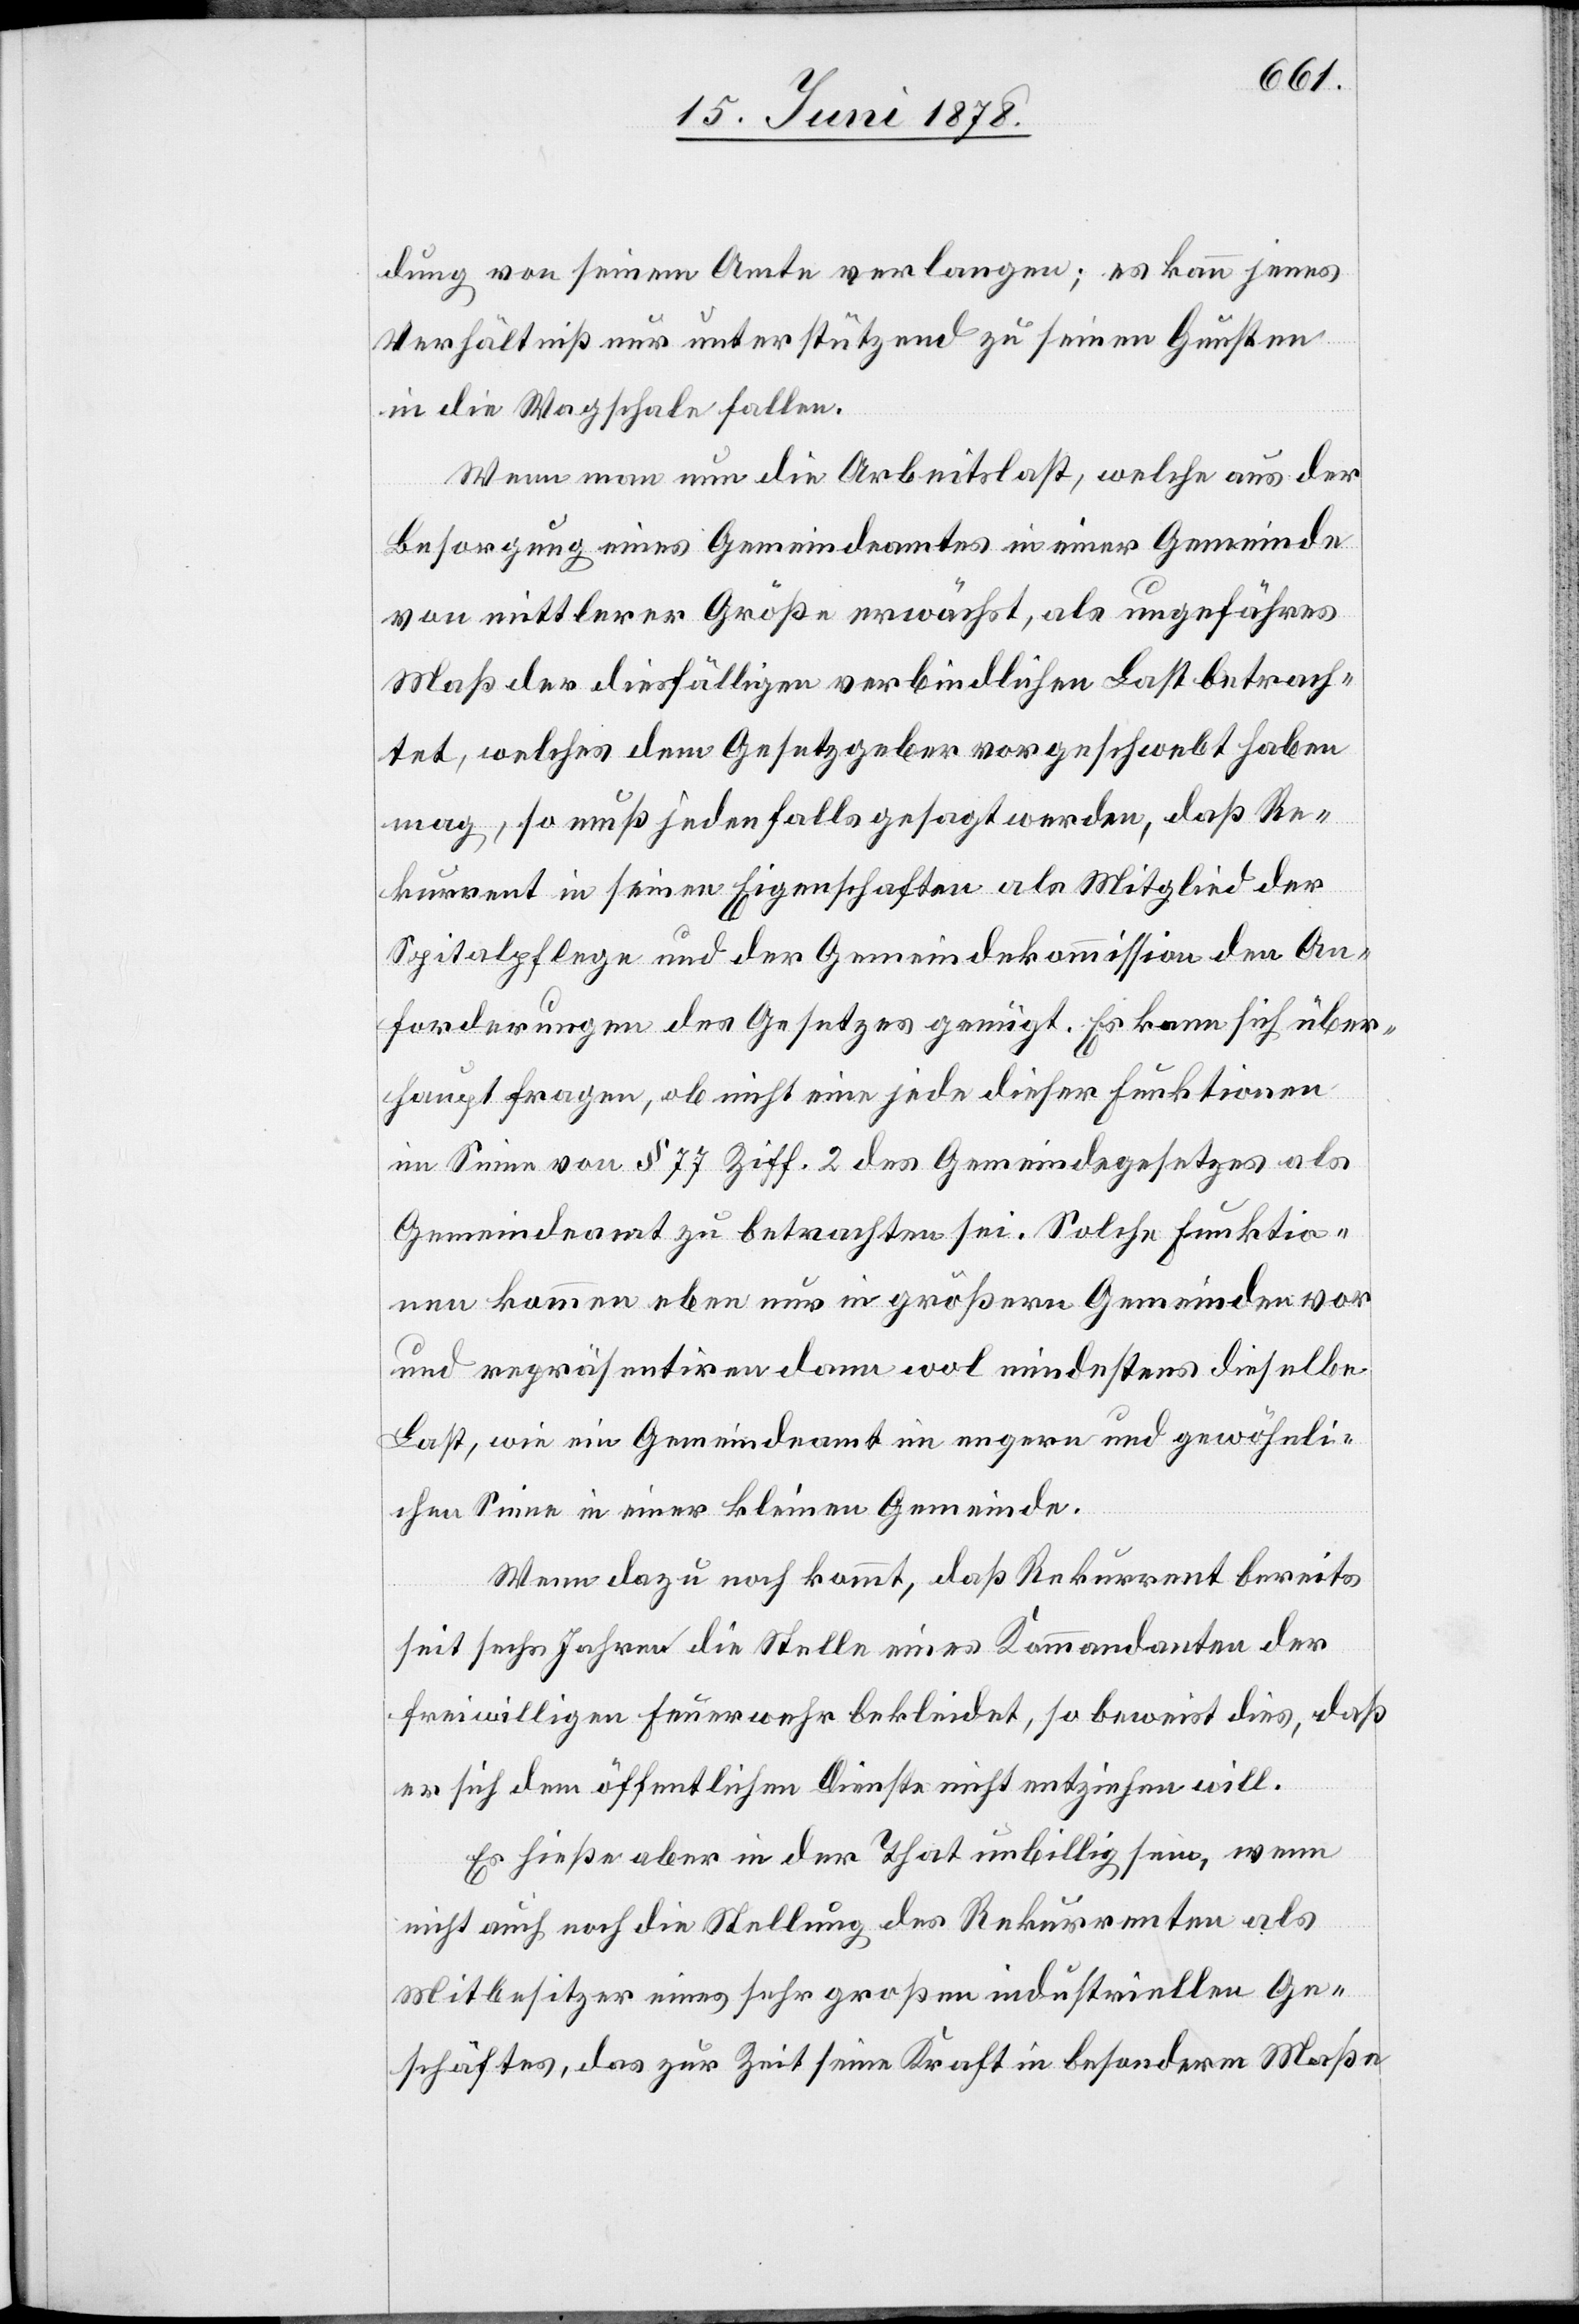
dung von seinem Amte verlangen; es kann jenes
Verhältniß nur unterstützend zu seinen Gunsten
in die Wagschale fallen.
Wenn man nun die Arbeitslast, welche aus der
Besorgung eines Gemeindeamtes in einer Gemeinde
von mittlerer Größe erwächst, als ungefähres
Maß der diesfälligen verbindlichen Last betrach¬
tet, welches dem Gesetzgeber vorgeschwebt haben
mag, so muß jedenfalls gesagt werden, daß Re¬
kurrent in seinen Eigenschaften als Mitglied der
Spitalpflege und der Gemeindekommission den An¬
forderungen des Gesetzes genügt. Es kann sich über¬
haupt fragen, ob nicht eine jede dieser Funktionen
im Sinne von § 77 Ziff. 2 des Gemeindegesetzes als
Gemeindeamt zu betrachten sei. Solche Funktio¬
nen kommen eben nur in größern Gemeinden vor
und repräsentiren dann wol mindestens dieselbe
Last, wie ein Gemeindeamt im engern und gewöhnli¬
chen Sinne in einer kleinen Gemeinde.
Wenn dazu noch kommt, daß Rekurrent bereits
seit sechs Jahren die Stelle eines Kommandanten der
freiwilligen Feuerwehr bekleidet, so beweist dies, daß
er sich dem öffentlichen Dienste nicht entziehen will.
Es hieße aber in der That unbillig sein, wenn
nicht auch noch die Stellung des Rekurrenten als
Mitbesitzer eines sehr großen industriellen Ge¬
schäftes, das zur Zeit seine Kraft in besonderm Maße